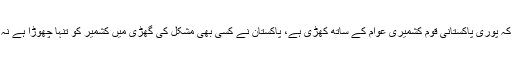
انہوں نے کہا کہ پوری پاکستانی قوم کشمیری عوام کے ساتھ کھڑی ہے، پاکستان نے کسی بھی مشکل کی گھڑی میں کشمیر کو تنہا چھوڑا ہے نہ چھوڑیں گے۔